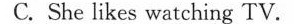
C. She likes watching TV.